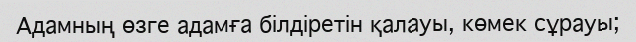
Адамның өзге адамға білдіретін қалауы, көмек сұрауы;